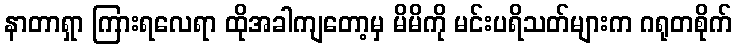
နာတာရှာ ကြားရလေရာ ထိုအခါကျတော့မှ မိမိကို မင်းပရိသတ်များက ဂရုတစိုက်